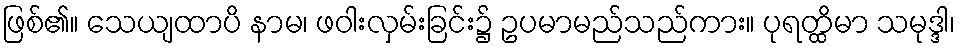
ဖြစ်၏။ သေယျထာပိ နာမ၊ ဖဝါးလှမ်းခြင်း၌ ဥပမာမည်သည်ကား။ ပုရတ္ထိမာ သမုဒ္ဒါ၊